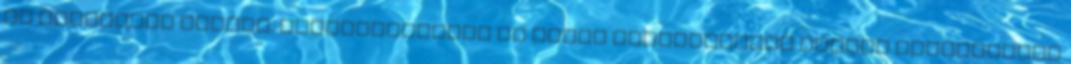
az ítélethez alapul. Magyarországon az állam megalakulása idején alkalmazott